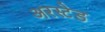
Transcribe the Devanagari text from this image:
अरस्टेड